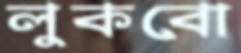
লুকবো